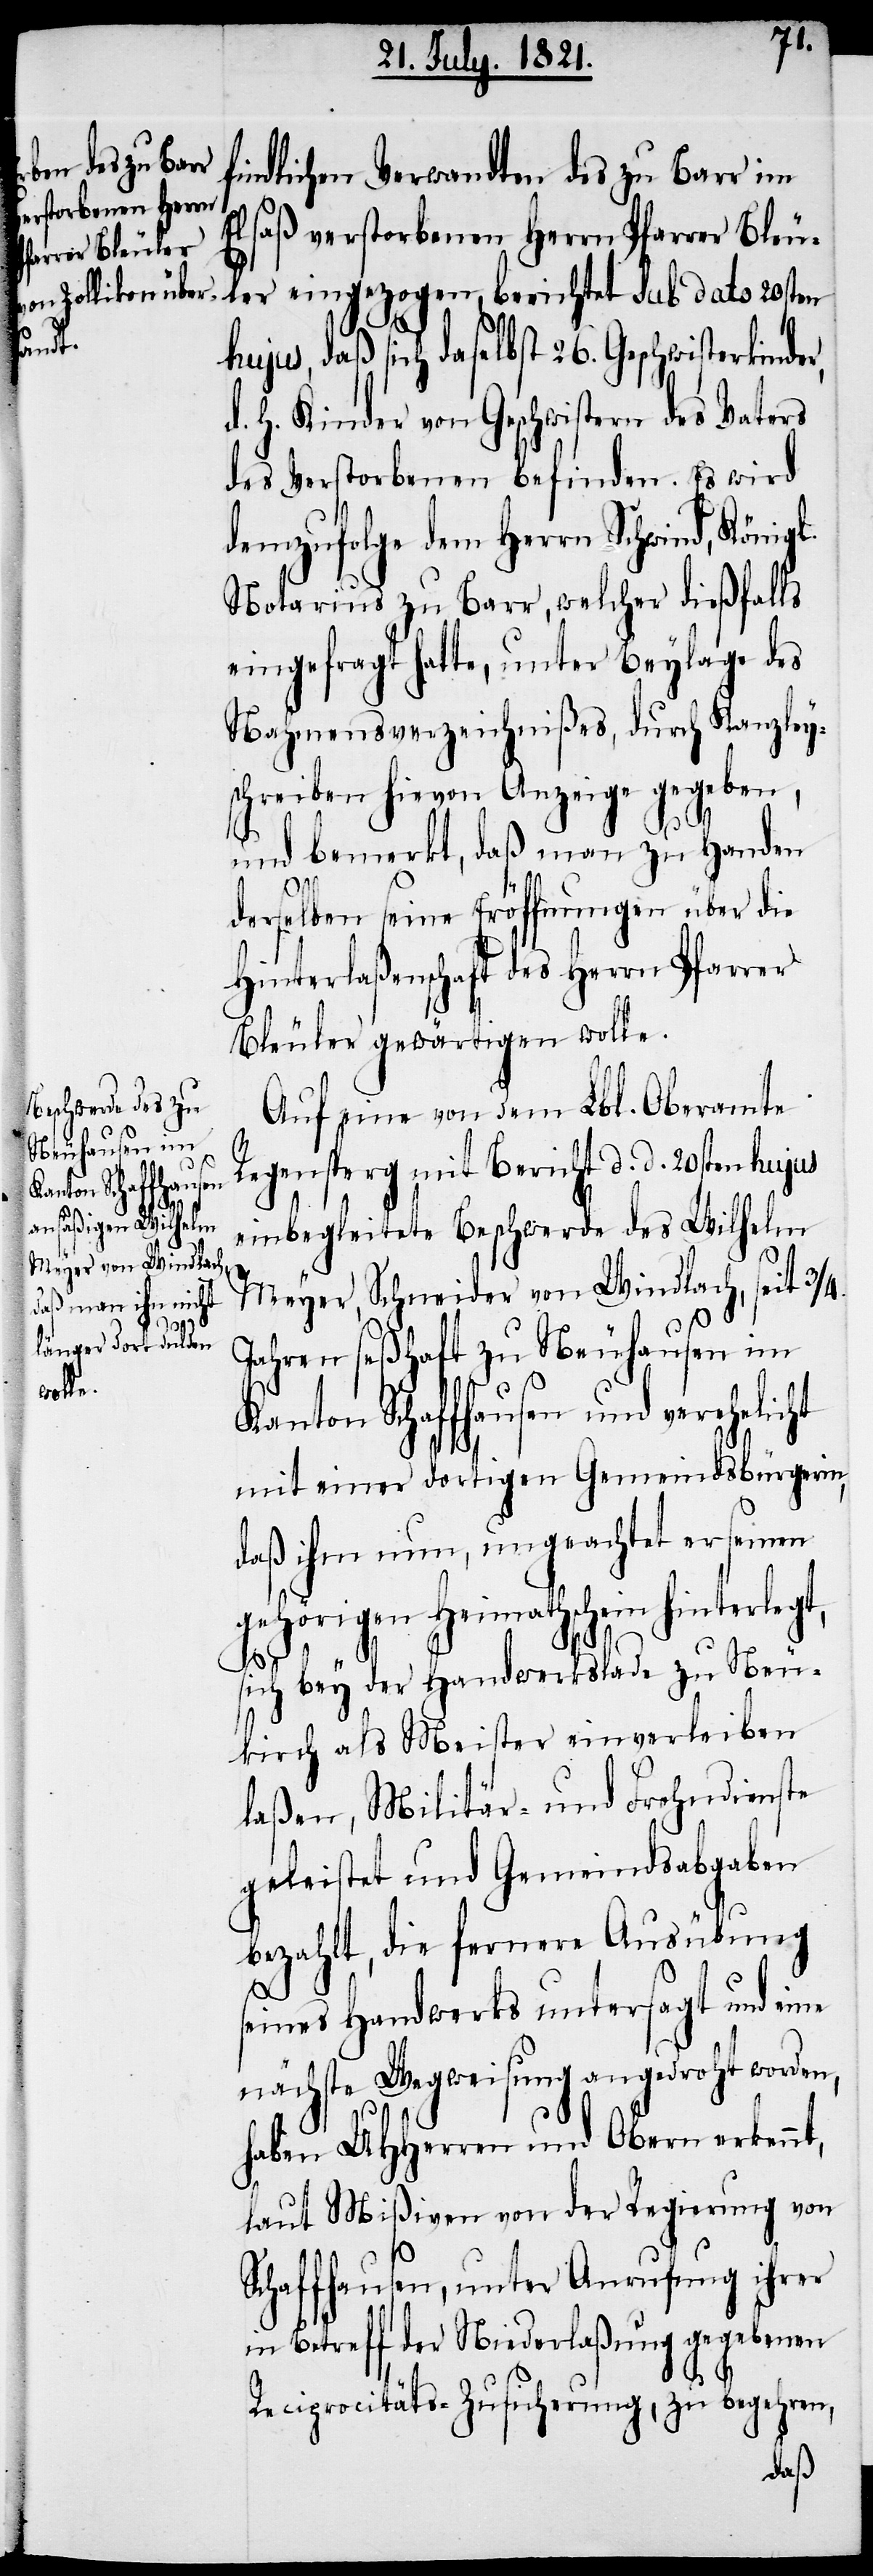
findlichen Verwandten des zu Barr im
Elsaß verstorbenen Herrn Pfarrer Bleu¬
ler eingezogen, berichtet sub dato 20sten
hujus, daß sich daselbst 26. Geschwisterkinde¬
d. h. Kinder von Geschwistern des Vaters
des Verstorbenen befinden. Es wird
demzufolge dem Herrn Schwind, Königl.
Notarius zu Barr, welcher dießfalls
eingefragt hatte, unter Beylage des
Nahmensverzeichnißes, durch Kanzley¬
schreiben hievon Angeige gegeben,
r,
und bemerkt, daß man zu Handen
derselben seine Eröffnungen über die
Hinterlaßenschaft des Herrn Pfarrer
Bleuler gewärtigen wolle.
Auf eine von dem Lbl. Oberamte
Regensperg mit Bericht d. d. 20sten hujus
einbegleitete Beschwerde des Wilhelm
Meyer, Schneider von Windlach, seit 3/4.
Jahren seßhaft zu Neuhausen im
Kanton Schaffhausen und verehelicht
mit einer dortigen Gemeindsbürgerin,
daß ihm nun, ungeachtet er seinen
gehörigen Heimathschein hinterlegt,
sich bey der Handwerkslade zu Neu¬
kirch als Meister einverleiben
laßen, Militär- und Frohndienste
geleistet und Gemeindsabgaben
bezahlt, die fernere Ausübung
seines Handwerks untersagt und eine
nächste Wegweisung angedroht worden,
haben UHHerren und Obern erkennt,
laut Mißiven von der Regierung von
Schaffhausen, unter Anrufung ihrer
in Betreff der Niederlaßung gegebenen
Reciprocitäts-Zusicherung, zu begehren,